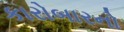
કારોબારનો